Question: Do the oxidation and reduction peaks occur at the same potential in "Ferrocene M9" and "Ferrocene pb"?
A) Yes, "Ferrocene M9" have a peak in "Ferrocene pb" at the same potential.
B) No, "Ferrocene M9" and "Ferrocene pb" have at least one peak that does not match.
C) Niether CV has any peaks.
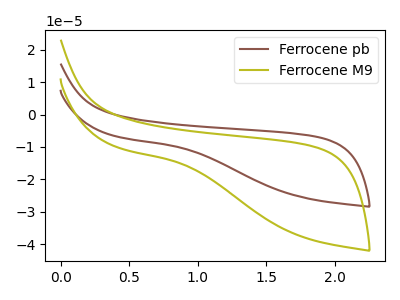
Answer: <think>The brown curve "Ferrocene pb" has no peaks. The olive curve "Ferrocene M9" has no peaks.</think>
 <answer>C) Niether CV has any peaks.</answer>
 <eval>C</eval>